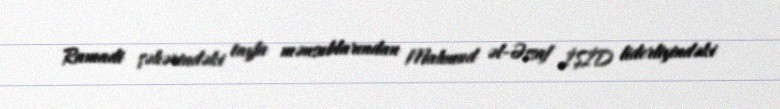
Ramadi şəhərindəki tayfa mənsublarından Mahmud əl-Əssaf İŞİD liderliyindəki